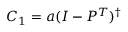
C _ { 1 } = a ( I - P ^ { T } ) ^ { \dag }